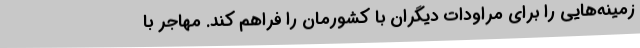
زمینه‌هایی را برای مراودات دیگران با کشورمان را فراهم کند. مهاجر با